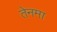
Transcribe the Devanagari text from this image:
तेनमा